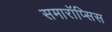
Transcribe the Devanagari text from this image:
समारॉप्सिस